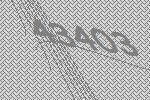
43403